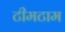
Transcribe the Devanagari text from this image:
टीमटाम